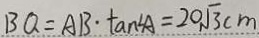
B Q = A B \cdot \tan \angle A = 2 0 \sqrt { 3 } c m